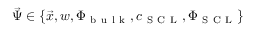
\vec { \Psi } \in \{ \vec { x } , w , \Phi _ { \mathrm { ~ b ~ u ~ l ~ k ~ } } , c _ { \mathrm { ~ S ~ C ~ L ~ } } , \Phi _ { \mathrm { ~ S ~ C ~ L ~ } } \}